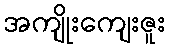
အကျိုးကျေးဇူး